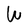
Character: W